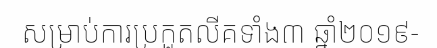
សម្រាប់ការប្រកួតលីគទាំង៣ ឆ្នាំ២០១៩-